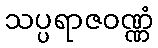
သပ္ပရာဇဝဏ္ဏံ